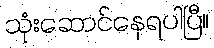
သုံးဆောင်နေရပါပြီ။